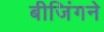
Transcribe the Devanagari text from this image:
बीजिंगने